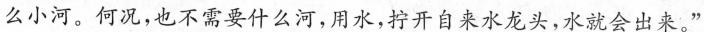
么小河。何况，也不需要什么河，用水，拧开自来水龙头，水就会出来。”